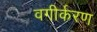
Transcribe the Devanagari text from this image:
वगीर्करण